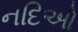
નદિઓ